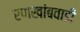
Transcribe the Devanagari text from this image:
रणखांबवाडी